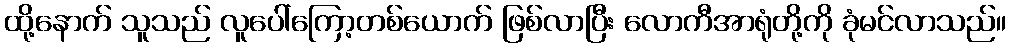
ထို့နောက် သူသည် လူပေါ်ကြော့တစ်ယောက် ဖြစ်လာပြီး လောကီအာရုံတို့ကို ခုံမင်လာသည်။